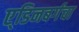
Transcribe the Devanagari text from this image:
ए्डिनबर्गचा